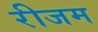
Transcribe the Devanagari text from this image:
रीजम